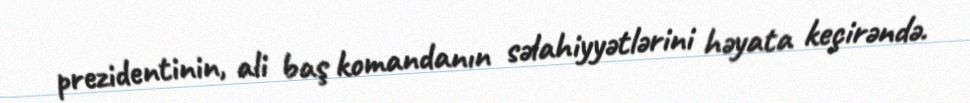
prezidentinin, ali baş komandanın səlahiyyətlərini həyata keçirəndə.